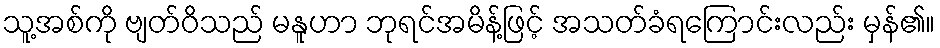
သူ့အစ်ကို ဗျတ်ဝိသည် မနူဟာ ဘုရင်အမိန့်ဖြင့် အသတ်ခံရကြောင်းလည်း မှန်၏။